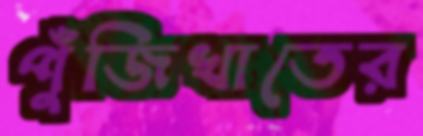
পুঁজিখাতের